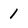
Character: 1